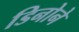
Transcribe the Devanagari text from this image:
डिनोने